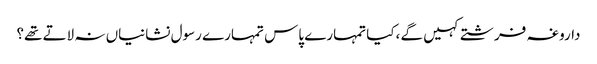
داروغہ فرشتے کہیں گے ،کیا تمہارے پاس تمہارے رسول نشانیاں نہ لاتے تھے؟